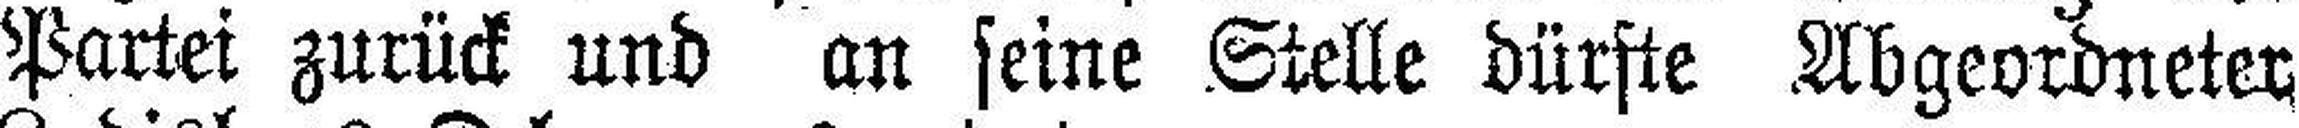
Partei zurück und an seine Stelle dürfte Abgeordneter